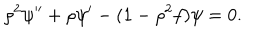
\rho ^ { 2 } \psi ^ { \prime \prime } + \rho \psi ^ { \prime } - ( 1 - \rho ^ { 2 } f ) \psi = 0 .